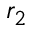
r _ { 2 }